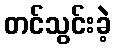
တင်သွင်းခဲ့